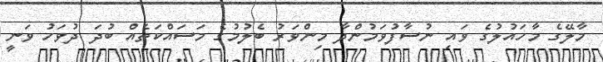
މާލޭގެ މާހައުލުގެ ވައި ނުސާފުވަމުންދާ މިންވަރު ބެލުމުގެ މަސައްކަތެއް ބުދަ ދުވަހު ވަނީ